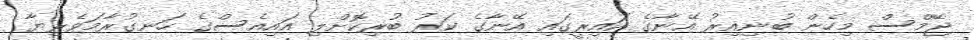
ޖޭމްސް މިހެން ބުނިއިރު އޭނާގެ ކައިރީގައި އޭނާގެ ކަރު ބުރިކޮށްލި އައިއެސްގެ ހަނގުރާމަވެރިޔާ